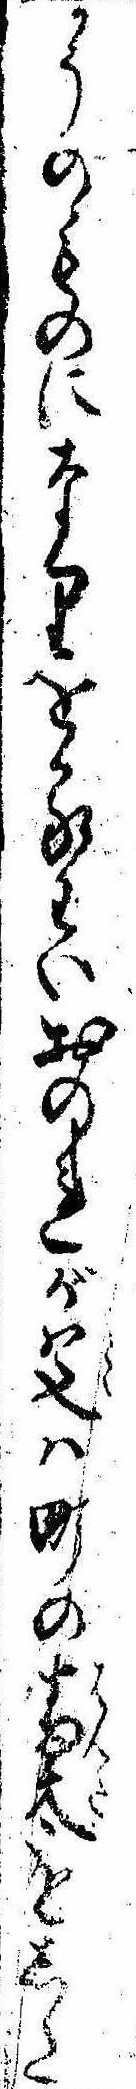
かうのものになりをるわいおのれが父は町の番太をした